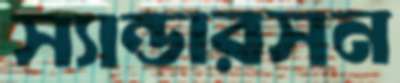
স্যান্ডারসন